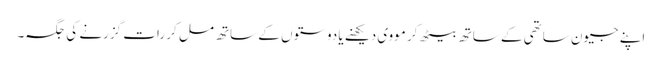
اپنے جیون ساتھی کے ساتھ بیٹھ کر مووی دیکھنے یا دوستوں کے ساتھ مل کر رات گزرنے کی جگہ۔